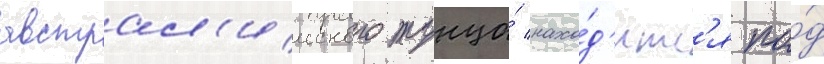
австрал'ииского тунца́ нахо́д'итс'я по́д